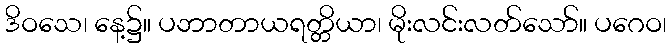
ဒိဝသေ၊ နေ့၌။ ပဘာတာယရတ္တိယာ၊ မိုးလင်းလတ်သော်။ ပဂေဝ၊